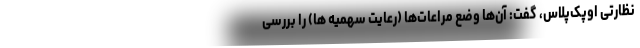
نظارتی اوپک‌پلاس، گفت: آن‌ها وضع مراعات‌ها (رعایت سهمیه ها) را بررسی